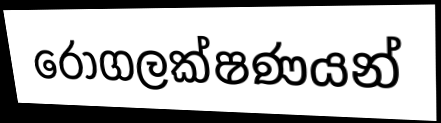
රෝගලක්ෂණයන්